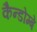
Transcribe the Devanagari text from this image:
कैन्डोम्बे